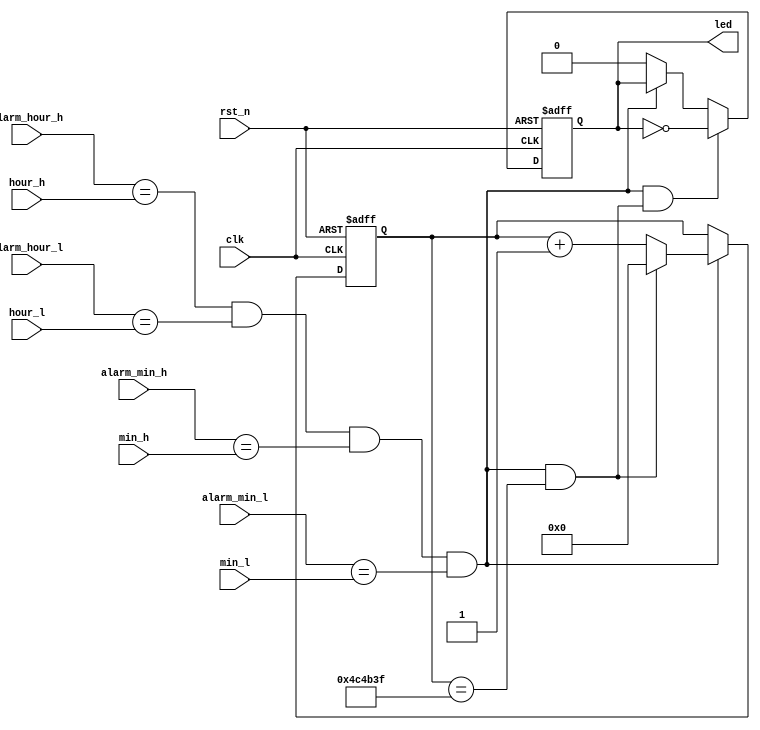
/************************************************************************
 * Create time   : 2018-04-24 11:47
 * Description   : 
 * *********************************************************************/
module  led(
        input                   clk                     ,
        input                   rst_n                   ,
        //alarm
        input         [ 3: 0]   alarm_min_l             ,
        input         [ 3: 0]   alarm_min_h             ,
        input         [ 3: 0]   alarm_hour_l            ,
        input         [ 3: 0]   alarm_hour_h            ,
        input         [ 3: 0]   min_l                   ,
        input         [ 3: 0]   min_h                   ,
        input         [ 3: 0]   hour_l                  ,
        input         [ 3: 0]   hour_h                  ,
        //led               
        output  reg             led 
);
//=====================================================================\
// ********** Define Parameter and Internal Signals *************
//=====================================================================/
parameter   TIME_0_1S   =       5_000_000                       ;
reg     [22: 0]                 cnt                             ;
wire                            add_cnt                         ;
wire                            end_cnt                         ; 

wire                            alarm                           ; 

//======================================================================
// ***************      Main    Code    ****************
//======================================================================
assign  alarm       =       (alarm_hour_h == hour_h) && (alarm_hour_l == hour_l) && (alarm_min_h == min_h) && (alarm_min_l == min_l);

//cnt
always @(posedge clk or negedge rst_n)begin
    if(!rst_n)begin
        cnt <= 0;
    end
    else if(add_cnt)begin
        if(end_cnt)
            cnt <= 0;
        else
            cnt <= cnt + 1;
    end
end

assign  add_cnt     =       alarm;       
assign  end_cnt     =       add_cnt && cnt == TIME_0_1S-1;   

//led
always  @(posedge clk or negedge rst_n)begin
    if(rst_n==1'b0)begin
        led <=  1'b0;
    end
    else if(alarm && end_cnt)begin
        led <=  ~led;
    end
    else if(alarm)
        led <=  led;
    else
        led <=  1'b0;
end





endmodule